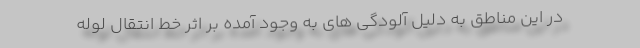
در این مناطق به دلیل آلودگی های به وجود آمده بر اثر خط انتقال لوله